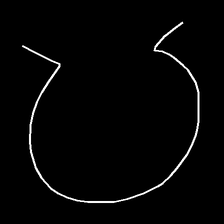
Glyph: weave